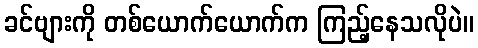
ခင်ဗျားကို တစ်ယောက်ယောက်က ကြည့်နေသလိုပဲ။